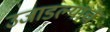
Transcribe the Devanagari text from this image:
उजाडल्याचे